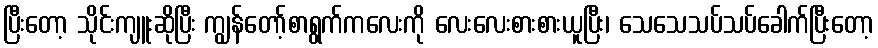
ပြီးတော့ သိုင်းကျူးဆိုပြီး ကျွန်တော့်စာရွက်ကလေးကို လေးလေးစားစားယူပြီး၊ သေသေသပ်သပ်ခေါက်ပြီးတော့